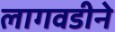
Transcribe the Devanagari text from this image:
लागवडीने